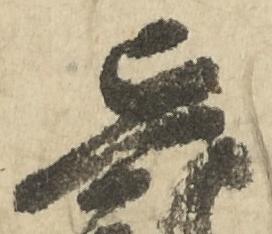
貞